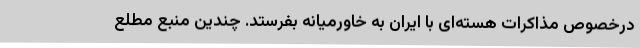
درخصوص مذاکرات هسته‌ای با ایران به خاورمیانه بفرستد. چندین منبع مطلع